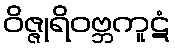
ဝိဇ္ဇုရိဝဗ္ဘကူဋံ